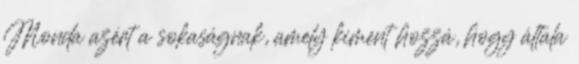
Monda azért a sokaságnak, amely kiment hozzá, hogy általa